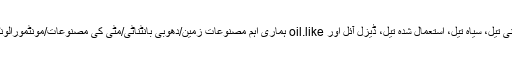
A: ہماری اہم مصنوعات زمین/دھوبی بانٹناٹی/مٹی کی مصنوعات/مونٹمورالونٹی/ملتانا ماٹا زمین/عمل میں لایا بلیچانگ ہے، ہو سکتا oil.like خوردنی تیل، سیاہ تیل، استعمال شدہ تیل، ڈیزل آئل اور paraffin موم کی تمام اقسام استعمال کیا جاتا ہے ۔